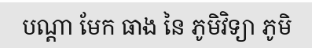
បណ្តា មែក ធាង នៃ ភូមិវិទ្យា ភូមិ